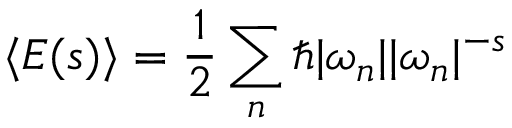
\langle E ( s ) \rangle = { \frac { 1 } { 2 } } \sum _ { n } \hbar | \omega _ { n } | | \omega _ { n } | ^ { - s }